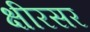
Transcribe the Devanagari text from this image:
क्षीरसर